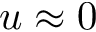
u \approx 0